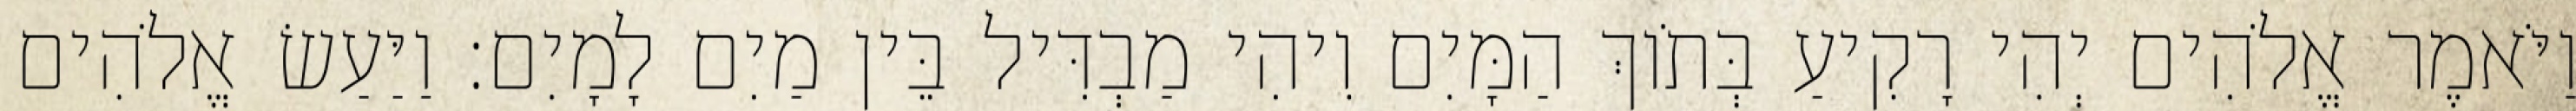
וַיֹּאמֶר אֱלֹהִים יְהִי רָקִיעַ בְּתֹוךְ הַמָּיִם וִיהִי מַבְדִּיל בֵּין מַיִם לָמָיִם׃ וַיַּעַשׂ אֱלֹהִים